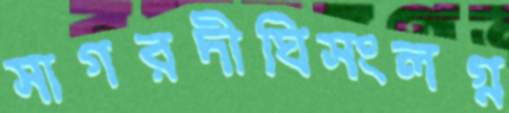
সাগরদীঘিসংলগ্ন